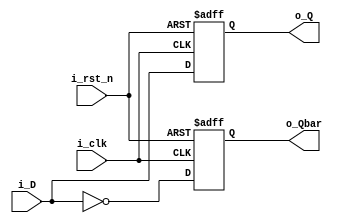
//////////////////////////////////////////////////////////////////////////////////
// Company: 
// Engineer: 
// 
// Design Name: 
// Module Name: dff
// Project Name: 
// Target Devices: 
// Tool Versions: 
// Description: 
// 
// Dependencies: 
// 
// Revision:
// Revision 0.01 - File Created
// Additional Comments:
// 
//////////////////////////////////////////////////////////////////////////////////

`timescale 1ns / 1ns
`default_nettype none

module dff(i_D,i_clk,i_rst_n,o_Q,o_Qbar);

input wire i_D,i_clk,i_rst_n;
output reg o_Q,o_Qbar;

always @(posedge i_clk,negedge i_rst_n)
begin
    if(!i_rst_n)begin
        o_Q=0;
        o_Qbar=1;
    end
    else begin
        o_Q<=i_D;
        o_Qbar<=~i_D;
    end
end
endmodule